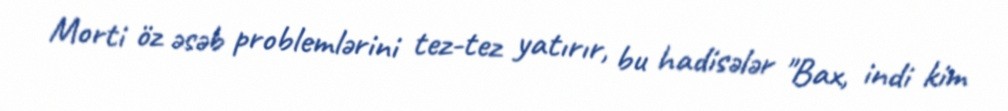
Morti öz əsəb problemlərini tez-tez yatırır, bu hadisələr "Bax, indi kim